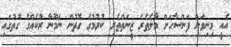
އެއީ މިނިވަން ފަންސާހަށް މާލެތެރެ ޒީނަތްތެރި ކުރުމުގެ ގޮތުން ނަމޫނާ ރުކެއްގެ ގޮތުގައި